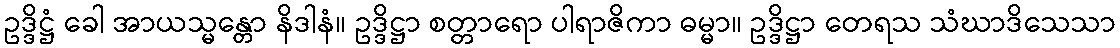
ဥဒ္ဒိဋ္ဌံ ခေါ အာယသ္မန္တော နိဒါနံ။ ဥဒ္ဒိဋ္ဌာ စတ္တာရော ပါရာဇိကာ ဓမ္မာ။ ဥဒ္ဒိဋ္ဌာ တေရသ သံဃာဒိသေသာ